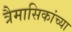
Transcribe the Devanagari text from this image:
त्रैमासिकांच्या